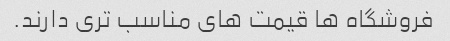
فروشگاه ها قیمت های مناسب تری دارند.